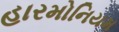
હારમોનિયમ